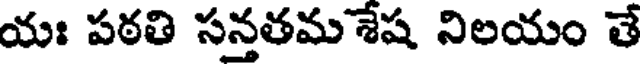
యః పఠతి సన్తతమశేష నిలయం తే